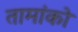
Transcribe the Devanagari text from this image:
तामांको